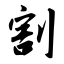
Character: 割